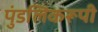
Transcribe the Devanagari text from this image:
पुंडलिकरूपी